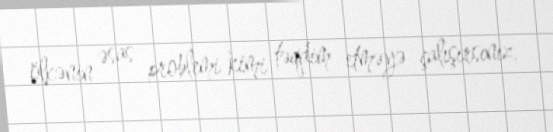
ölkənin əsas problemi kimi təqdim etməyə çalışırsınız.